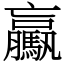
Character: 驘